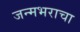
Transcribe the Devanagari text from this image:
जन्मभराचा